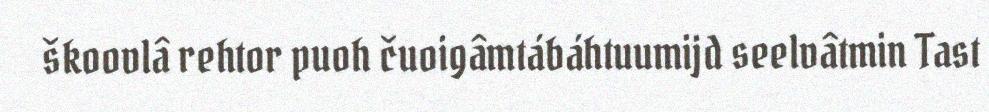
škoovlâ rehtor puoh čuoigâmtábáhtuumijd seelvâtmin Tast